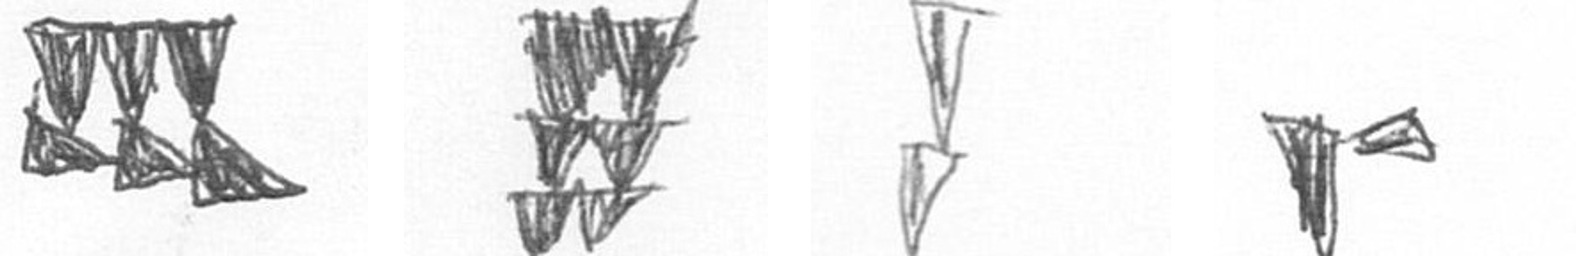
D Y Z F